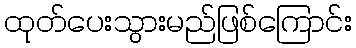
ထုတ်ပေးသွားမည်ဖြစ်ကြောင်း